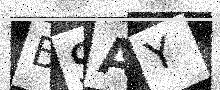
Text: BSAY